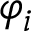
\varphi _ { i }